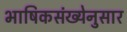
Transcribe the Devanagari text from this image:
भाषिकसंख्येनुसार